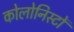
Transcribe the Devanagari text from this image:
कोलोनिस्टों